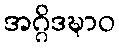
အဂ္ဂိဒဍ္ဎာဝ